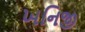
ખનિજી